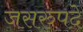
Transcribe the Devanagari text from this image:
जसरुपदे